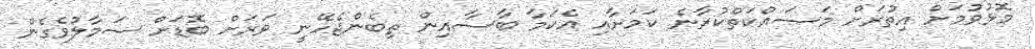
މޮޅުވުމަށް އިތުރަށް މަސައްކަތްކުރާނެ ކަމަށާއި އެކަމާ ބާސާއިން ތިބެންޖެހޭނީ ވަރަށް ބޮޑަށް ސަމާލުވެގެން